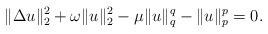
LaTeX: \begin{align*}\|\Delta u\|_{2}^{2}+\omega\|u\|_{2}^{2}-\mu\|u\|_{q}^{q}-\|u\|_{p}^{p}=0.\end{align*}